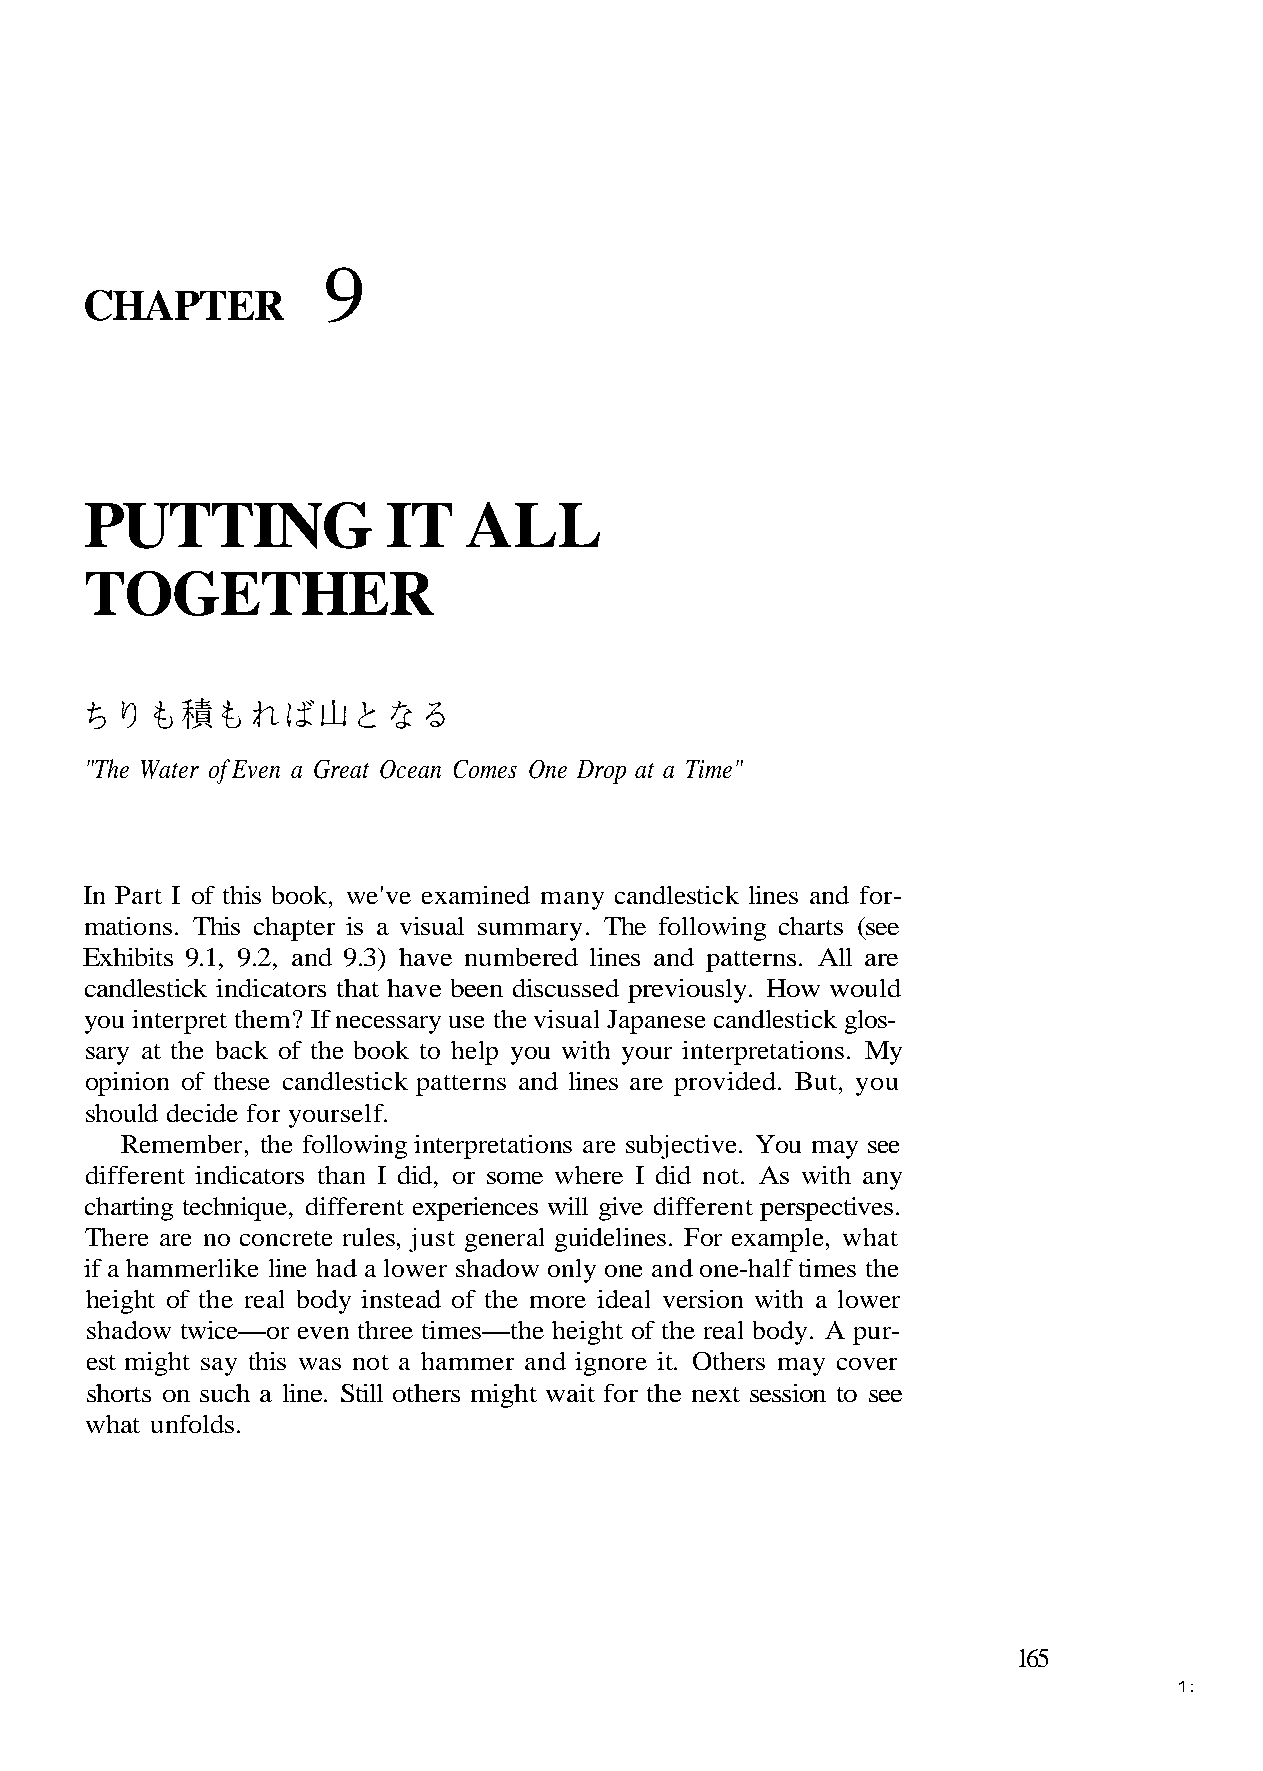
9
 CHAPTER
 PUTTING             IT   ALL
 TOGETHER
 "The Water of Even a Great Ocean Comes One Drop at a Time"
 mations. This chapter is a visual summary. The following charts (see
 you interpret them? If necessary use the visual Japanese candlestick glos-
 sary at the back of the book to help you with your interpretations. My
 should decide for yourself.
 Remember, the following interpretations are subjective. You may see
 different indicators than I did, or some where I did not. As with any
 There are no concrete rules, just general guidelines. For example, what
 height of the real body instead of the more ideal version with a lower
 shadow twice—or even three times—the height of the real body. A pur-
 shorts on such a line. Still others might wait for the next session to see
 what unfolds.
 165
 1:
 - r o f d n a s e n i l k c i t s
 e
 e
 h
 l
 t
 d
 s
 n
 e m
 a c
 i t f
 y
 l a
 n
 h
 a
 - e
 m
 n o
 u
 d
 d
 o
 n
 y
 e
 a
 n
 ut,
 e
 i
 B
 n
 m
 o
 a
 uld
 ed.
 y
 x
 wo
 id
 nl
 e
 w
 ov
 o
 Ho
 pr
 w
 e
 .
 e
 o
 v
 y
 r
 d
 '
 usl
 a
 a
 e
 io
 es
 h
 w
 v
 n
 s
 pre
 li
 r
 d
 e
 book,
 d patterns. All are
 en discussed
 patterns an
 ad a low
 ers may cover
 of this
 e numbered lines an
 s that have be
 candlestick
 ke line h
 mer and ignore it. Oth
 In Part I
 Exhibits 9.1, 9.2, and 9.3) hav
 candlestick indicator
 opinion of these
 charting technique, different experiences will give different perspectives.
 if a hammerli
 est might say this was not a ham